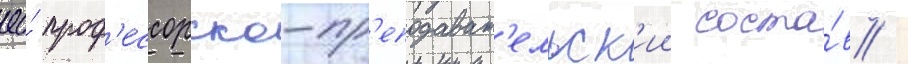
ео́ проф'ессорско-пр'еподават'ельск'ии соста́в /